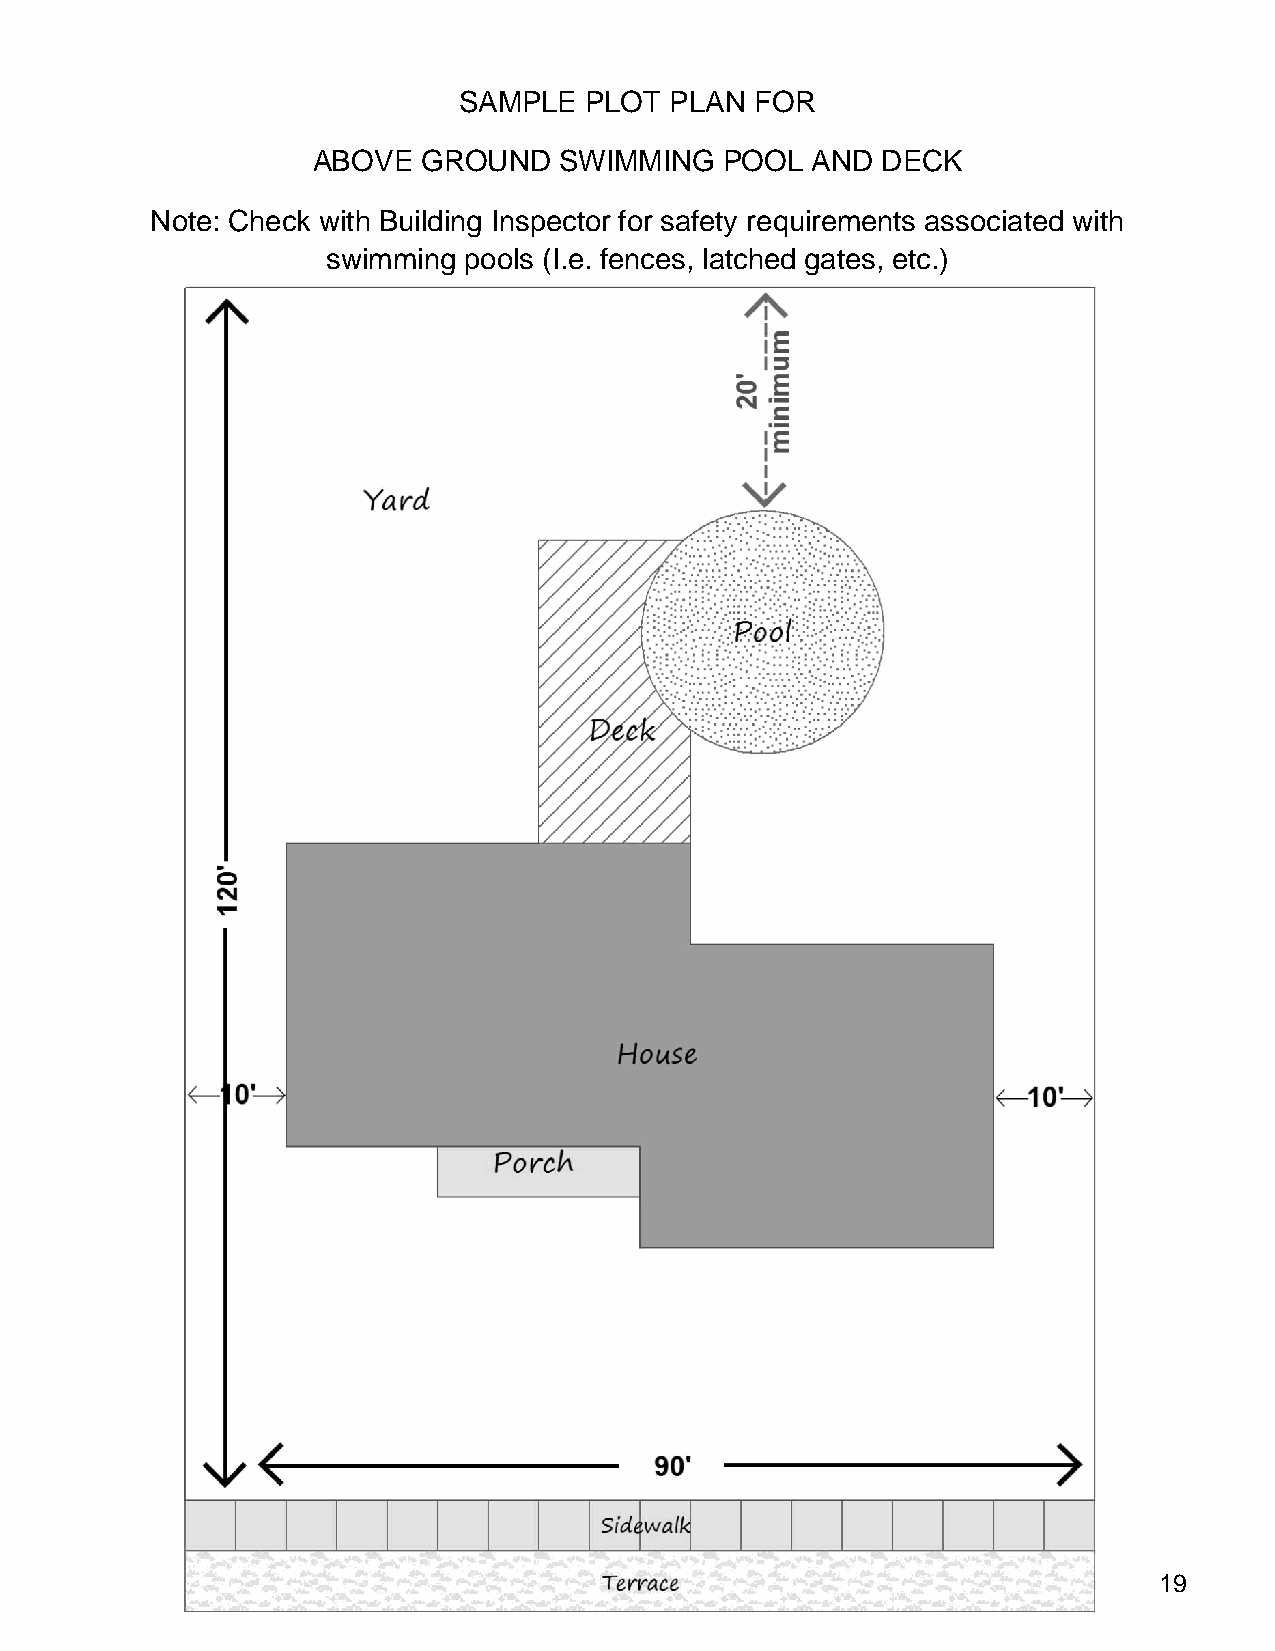
SAMPLE   PLOT PLAN  FOR
 ABOVE  GROUND   SWIMMING   POOL  AND DECK
 Note: Check with Building Inspector for safety requirements associated with
 swimming pools (I.e. fences, latched gates, etc.)
 19